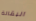
البقالة